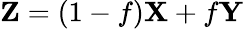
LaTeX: \mathbf{Z}=\left(1-f\right)\mathbf{X}+f\mathbf{Y}